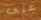
على